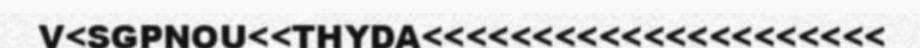
V<SGPNOU<<THYDA<<<<<<<<<<<<<<<<<<<<<